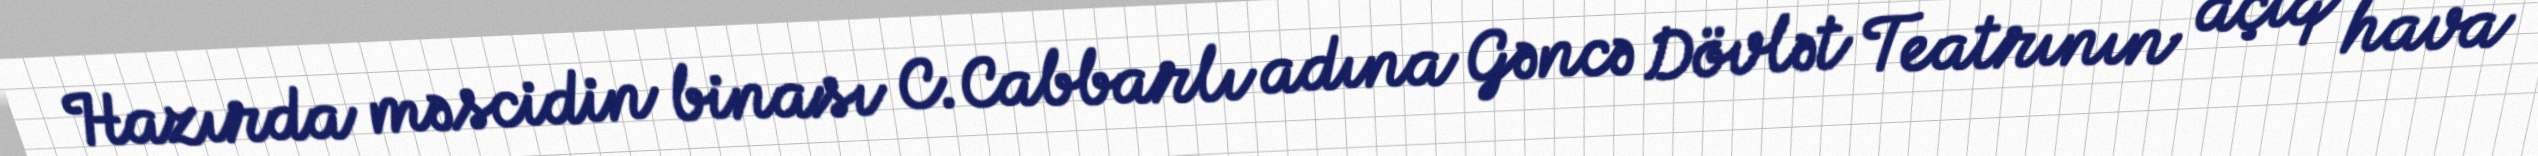
Hazırda məscidin binası C.Cabbarlı adına Gəncə Dövlət Teatrının açıq hava